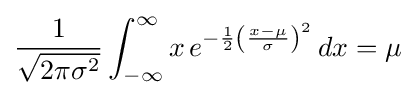
{\frac {1}{\sqrt {2\pi \sigma ^{2}}}}\int _{-\infty }^{\infty }x\,e^{-{\frac {1}{2}}\left({\frac {x-\mu }{\sigma }}\right)^{2}}\,dx=\mu